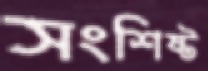
সংশিষ্ট